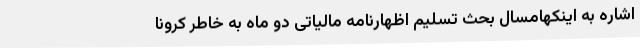
اشاره به اینکهامسال بحث تسلیم اظهارنامه مالیاتی دو ماه به خاطر کرونا